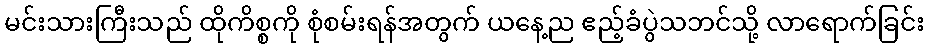
မင်းသားကြီးသည် ထိုကိစ္စကို စုံစမ်းရန်အတွက် ယနေ့ည ဧည့်ခံပွဲသဘင်သို့ လာရောက်ခြင်း